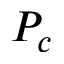
P _ { c }